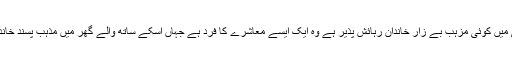
فرض کریں اگر کسی کالونی میں کوئی مزہب بے زار خاندان رہائش پذیر ہے وہ ایک ایسے معاشرے کا فرد ہے جہاں اسکے ساتھ والے گھر میں مذہب پسند خاندان کو بسنے کی اجازت ہے۔